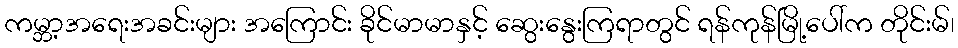
ကမ္ဘာ့အရေးအခင်းများ အကြောင်း ခိုင်မာမာနှင့် ဆွေးနွေးကြရာတွင် ရန်ကုန်မြို့ပေါ်က တိုင်းမ်၊